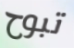
تبوح